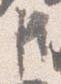
臣